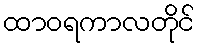
ထာဝရကာလတိုင်